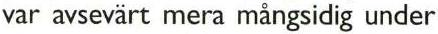
var avsevärt mera mångsidig under